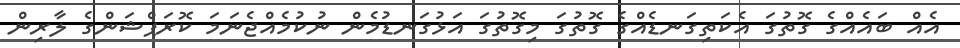
އެއް ބައެއްގެ ގޮތުގަ އެކަތިގަނޑެއްގެ ގޮތުގަ މިގޮތުގަ އަޅުގަނޑުމެން ނުކުމެއްޖެނަމަ ކޮރަޕްޝަންގެ ލާރިން